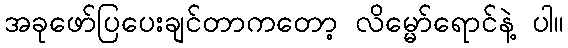
အခုဖော်ပြပေးချင်တာကတော့ လိမ္မော်ရောင်နဲ့ ပါ။